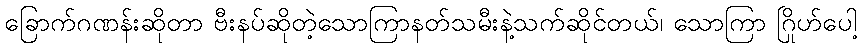
ခြောက်ဂဏန်းဆိုတာ ဗီးနပ်ဆိုတဲ့သောကြာနတ်သမီးနဲ့သက်ဆိုင်တယ်၊ သောကြာ ဂြိုဟ်ပေါ့